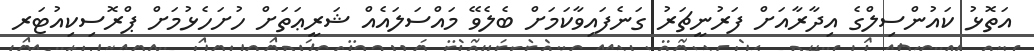
އަތޮޅު ކައުންސިލްގެ އިދާރާއަށް ފަރުނީޗަރު ގަނެފައިވާކަމަށް ބެލެވޭ މައްސަލައެއް ޝަރީޢަތަށް ހުށަހެޅުމަށް ޕްރޮސިކިއުޓަރ